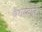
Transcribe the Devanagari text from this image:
बैराइटीज़